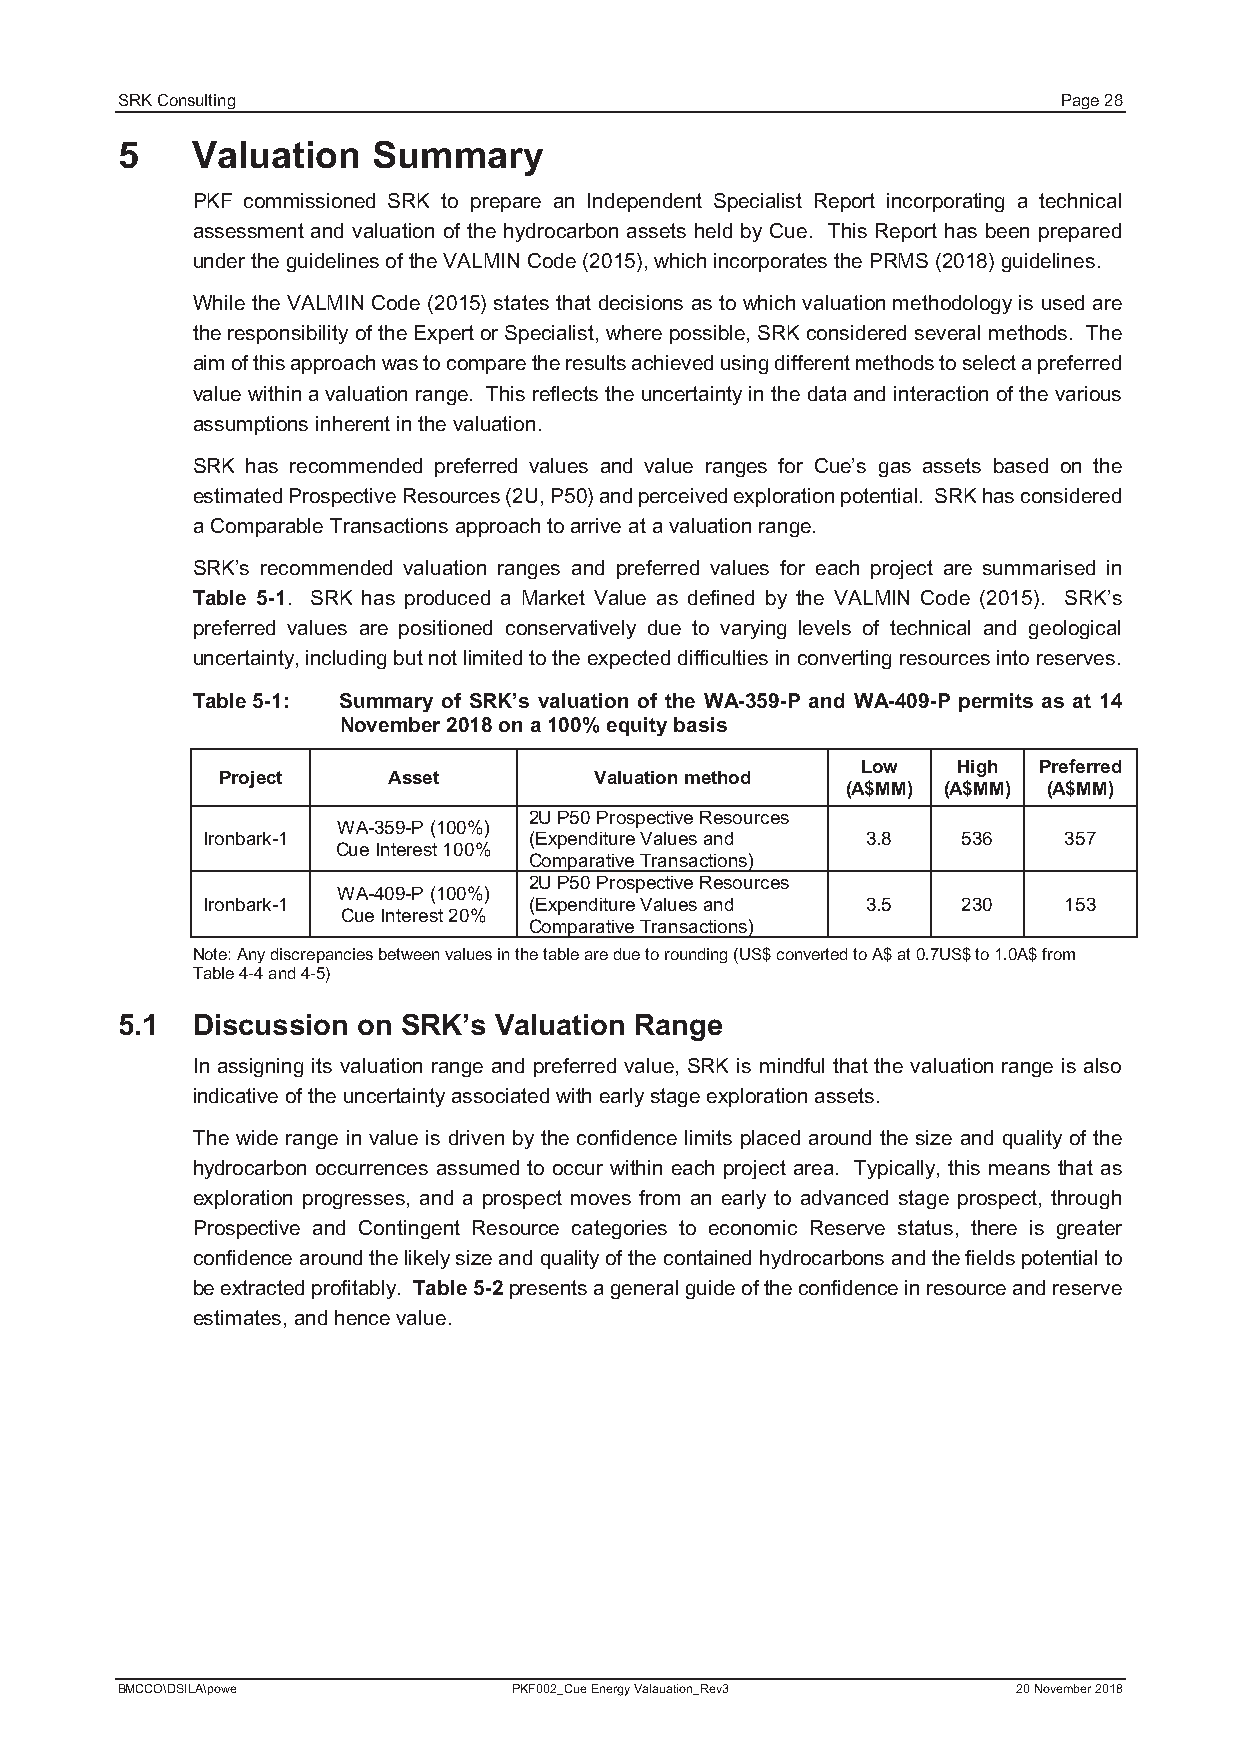
SRK Consulting                                                Page 28
 5    Valuation   Summary
 PKF commissioned SRK to prepare an Independent Specialist Report incorporating a technical
 assessment and valuation of the hydrocarbon assets held by Cue. This Report has been prepared
 under the guidelines of the VALMIN Code(2015), which incorporates the PRMS(2018)guidelines.
 While the VALMIN Code (2015) states that decisions as to which valuation methodology is used are
 the responsibility of the Expert or Specialist, where possible, SRK considered severalmethods. The
 aim of this approach wasto compare the results achieved using different methods to select a preferred
 value within a valuation range. This reflects the uncertainty in the data and interaction of the various
 assumptions inherent in the valuation.
 SRK has recommended preferred values and value ranges for Cue’s gas assets based on the
 estimated Prospective Resources (2U, P50)and perceived exploration potential. SRK has considered
 aComparable Transactions approach to arrive at a valuation range.
 SRK’s recommended valuation ranges and preferred values for each project are summarised in
 Table 5-1. SRK has produced a Market Value as defined by the VALMIN Code (2015). SRK’s
 preferred values are positioned conservatively due to varying levels of technical and geological
 uncertainty, including but not limited to the expected difficulties in converting resources into reserves.
 Table 5-1: Summary of SRK’s valuation of the WA-359-P and WA-409-P permits as at 14
 November2018 on a 100% equity basis
 Low   High  Preferred
 Project     Asset        Valuation method
 (A$MM) (A$MM) (A$MM)
 2U P50 Prospective Resources
 WA-359-P (100%)
 Ironbark-1            (Expenditure Values and 3.8  536   357
 Cue Interest 100%
 Comparative Transactions)
 2U P50 Prospective Resources
 WA-409-P (100%)
 Ironbark-1            (Expenditure Values and 3.5  230   153
 Cue Interest 20%
 Comparative Transactions)
 Note: Any discrepancies between values in the table are due to rounding(US$ converted to A$ at 0.7US$ to 1.0A$from
 Table 4-4 and 4-5)
 5.1  Discussion on SRK’s Valuation Range
 In assigning its valuation range and preferred value, SRK is mindful that the valuation range is also
 indicative of the uncertainty associated with early stage exploration assets.
 The wide range in value is driven by the confidence limits placed around the size and quality of the
 hydrocarbon occurrences assumed to occur within each project area. Typically, this means that as
 exploration progresses, and a prospect moves from an early to advanced stage prospect, through
 Prospective and Contingent Resource categories to economic Reserve status, there is greater
 confidence around the likely size and quality of the contained hydrocarbons and the fieldspotential to
 be extracted profitably. Table 5-2presents a general guide of the confidenceinresource and reserve
 estimates, and hence value.
 BMCCO\DSILA\powe          PKF002_Cue Energy Valauation_Rev3 20 November 2018